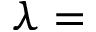
\lambda =